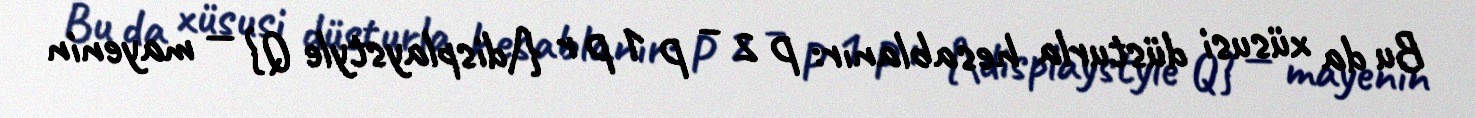
Bu da xüsusi düsturla hesablanır: P 2 − P 1 P r {\displaystyle Q} — mayenin